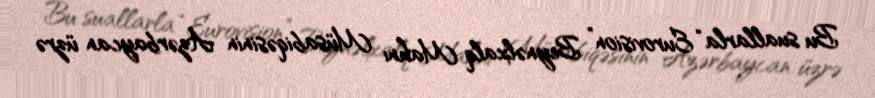
Bu suallarla “Eurovision” Beynəlxalq Mahnı Müsabiqəsinin Azərbaycan üzrə